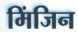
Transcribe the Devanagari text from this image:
मिंजिन